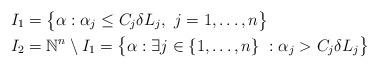
LaTeX: \begin{align*} I_1&=\bigl\{\alpha : \alpha_j\leq C_j \delta L_j,\ j=1,\dots,n\bigr\} \\ I_2&=\mathbb N^n\setminus I_1=\bigl\{\alpha : \exists j\in\{1,\dots,n\}\ : \alpha_j> C_j \delta L_j\bigr\}\end{align*}